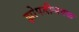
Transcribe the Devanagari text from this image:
झोपडीजवळ